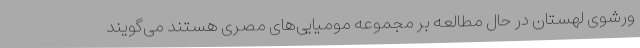
ورشوی لهستان در حال مطالعه بر مجموعه مومیایی‌های مصری هستند می‌گویند